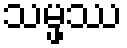
သမ္ဖဿ